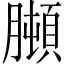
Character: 𦡋